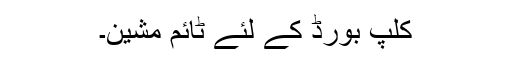
کلپ بورڈ کے لئے ٹائم مشین۔